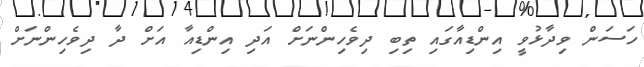
ހަސަން ވިދާޅުވީ އިންޑިއާގައި ތިބި ދިވެހިންނަށް އަދި އިންޑިއާ އަށް ދާ ދިވެހިންނަށް